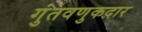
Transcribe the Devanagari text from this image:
गुंतवणुकदार